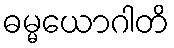
ဓမ္မယောဂါတိ